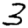
Digit: 3